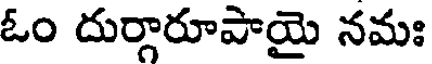
ఓం దుర్గారూపాయై నమః